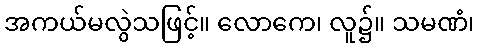
အကယ်မလွဲသဖြင့်။ လောကေ၊ လူ၌။ သမဏံ၊